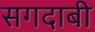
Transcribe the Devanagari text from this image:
सगदाबी